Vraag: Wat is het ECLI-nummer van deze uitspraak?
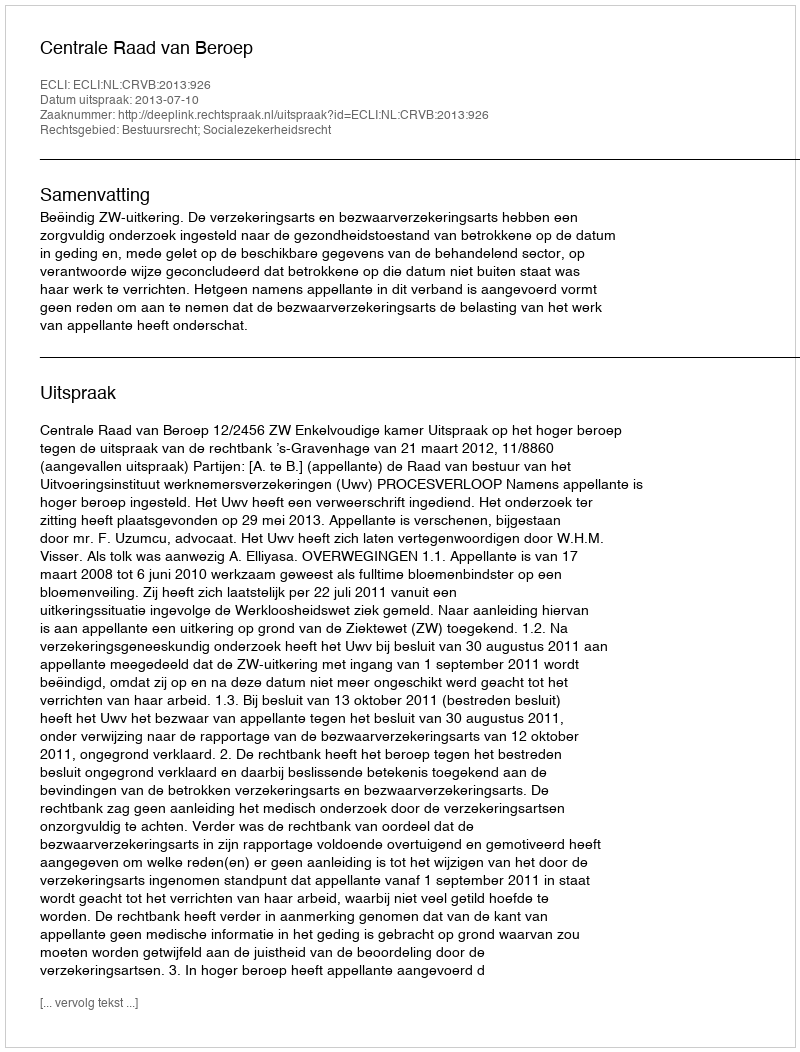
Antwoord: ECLI:NL:CRVB:2013:926